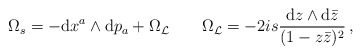
\begin{align*}\Omega_s=-{\rm d}x^a\wedge{\rm d} p_a+\Omega_{\cal L}\qquad\Omega_{\cal L}=-2is\frac{{\rm d}z\wedge{\rm d}\bar z}{(1-z\bar z)^2}\,,\end{align*}